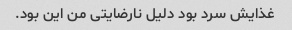
غذایش سرد بود دلیل نارضایتی من این بود.